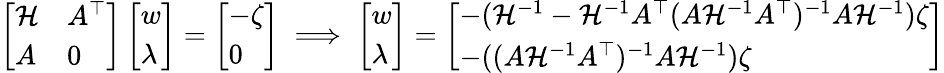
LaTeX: \begin{array}{r}{\left[\begin{array}{ll}{{\mathcal{H}}}&{A^{\top}}\\ {A}&{0}\end{array}\right]\left[\begin{array}{l}{w}\\ {\lambda}\end{array}\right]=\left[\begin{array}{l}{-\zeta}\\ {0}\end{array}\right]\implies\left[\begin{array}{l}{w}\\ {\lambda}\end{array}\right]=\left[\begin{array}{l}{-({\mathcal{H}}^{-1}-{\mathcal{H}}^{-1}A^{\top}(A{\mathcal{H}}^{-1}A^{\top})^{-1}A{\mathcal{H}}^{-1})\zeta}\\ {-((A{\mathcal{H}}^{-1}A^{\top})^{-1}A{\mathcal{H}}^{-1})\zeta}\end{array}\right]}\end{array}